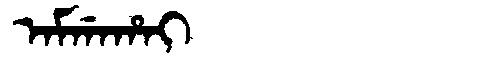
Manchu: ᠠᠮᡤᠠᡥᠠᡳ
Romanization: AMGAHAI